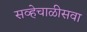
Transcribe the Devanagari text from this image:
सव्हेचाळीसवा